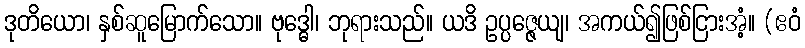
ဒုတိယော၊ နှစ်ဆူမြောက်သော။ ဗုဒ္ဓေါ၊ ဘုရားသည်။ ယဒိ ဥပ္ပဇ္ဇေယျ၊ အကယ်၍ဖြစ်ငြားအံ့။ (ဧဝံ